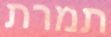
תמרת